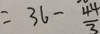
= 3 6 - \frac { 4 4 } { 3 }